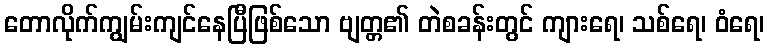
တောလိုက်ကျွမ်းကျင်နေပြီဖြစ်သော ဗျတ္တ၏ တဲစခန်းတွင် ကျားရေ၊ သစ်ရေ၊ ဝံရေ၊